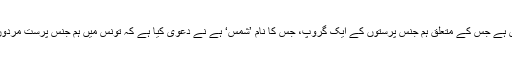
میل آن لائن کے مطابق یہ ملک تونس ہے جس کے متعلق ہم جنس پرستوں کے ایک گروپ، جس کا نام ’شمس‘ ہے نے دعویٰ کیا ہے کہ تونس میں ہم جنس پرست مردوں کی شادی کو قانونی مان لیا گیا ہے۔